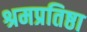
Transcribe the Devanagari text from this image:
श्रमप्रतिष्ठा